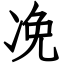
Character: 凂